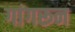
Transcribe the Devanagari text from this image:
गांगरून